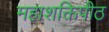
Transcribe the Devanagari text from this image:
महाशक्तिपीठ